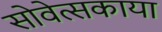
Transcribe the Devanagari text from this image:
सोवेत्सकाया